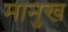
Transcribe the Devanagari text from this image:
मानुख